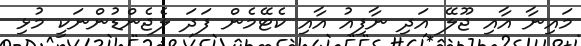
މައިނާ އާއި ޖޫލޭ އަދި ނާފިއު އާއި ކެޓޭމެން ފަދަ ލެޖެންޑުންނަކީ މުޅި